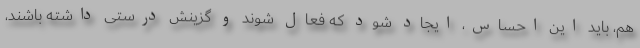
هم، باید این احساس، ایجاد شود که فعال شوند و گزینش درستی داشته باشند،